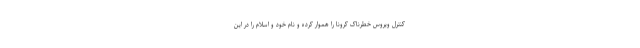
کنترل ویروس خطرناک کرونا را هموار کرده و نام خود و اسلام را در این